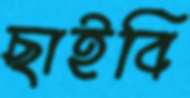
ছাইবি